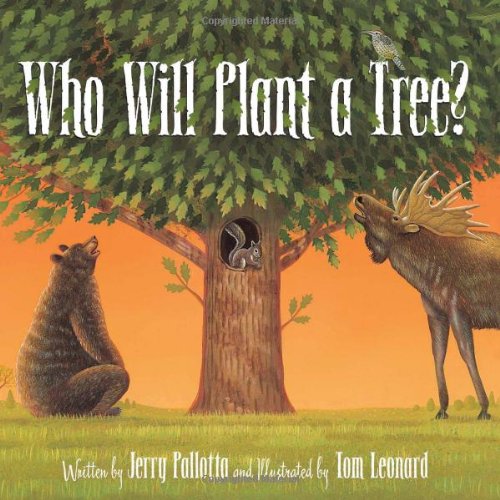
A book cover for Who Will Plant a Tree?; Jerry Pallotta; Children's Books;